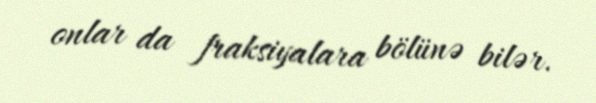
onlar da fraksiyalara bölünə bilər.